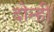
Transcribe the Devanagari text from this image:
दोन्‍ही